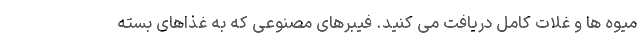
میوه ها و غلات کامل دریافت می کنید. فیبرهای مصنوعی که به غذاهای بسته